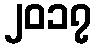
၂၀၁၇